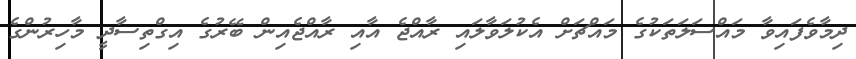
ދިމާވެފައިވާ މައްސަލަތަކުގެ މައްޗަށް އެކުލަވާލައި ރާއްޖެ އާއި ރާއްޖެއިން ބޭރުގެ އިގްތިސާދީ މާހިރުންގެ